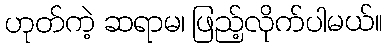
ဟုတ်ကဲ့ ဆရာမ၊ ဖြည့်လိုက်ပါမယ်။